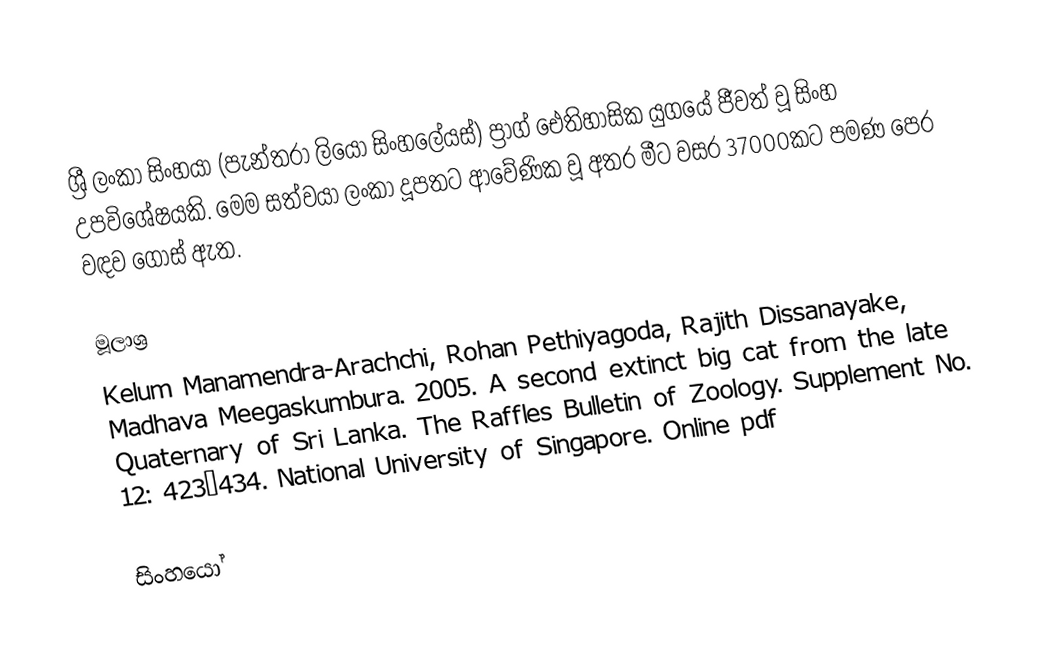
ශ්‍රී ලංකා සිංහයා (පැන්තරා ලියෝ සිංහලේයස්) ප්‍රාග් ඓතිහාසික යුගයේ ජීවත් වූ සිංහ උපවිශේෂයකි. මෙම සත්වයා ලංකා දූපතට ආවේණික වූ අතර මීට වසර 37000කට පමණ පෙර වඳව ගොස් ඇත.

මූලාශ්‍ර
 Kelum Manamendra-Arachchi, Rohan Pethiyagoda, Rajith Dissanayake, Madhava Meegaskumbura. 2005. A second extinct big cat from the late Quaternary of Sri Lanka. The Raffles Bulletin of Zoology. Supplement No. 12: 423–434. National University of Singapore. Online pdf

සිංහයෝ